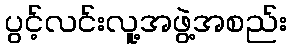
ပွင့်လင်းလူ့အဖွဲ့အစည်း